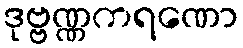
ဒုဗ္ဗဏ္ဏကရဏော